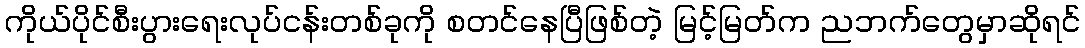
ကိုယ်ပိုင်စီးပွားရေးလုပ်ငန်းတစ်ခုကို စတင်နေပြီဖြစ်တဲ့ မြင့်မြတ်က ညဘက်တွေမှာဆိုရင်